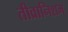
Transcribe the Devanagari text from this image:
तीव्रानिशम्‌